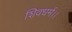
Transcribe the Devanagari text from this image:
शिवधर्म।।